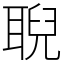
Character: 聣